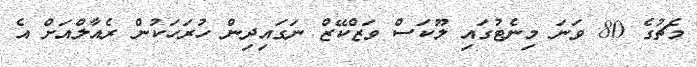
މެޗުގެ 80 ވަނަ މިނެޓުގައި ލޫކަސް ވަޒްކޭޒް ނަގައިދިން ހުރަހަކުން ރެއާލްއަށް އެ